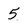
Character: 5